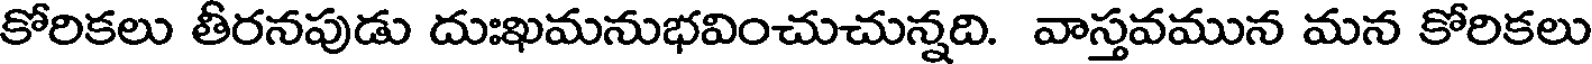
కోరికలు తీరనపుడు దుఃఖమనుభవించుచున్నది. వాస్తవమున మన కోరికలు